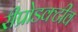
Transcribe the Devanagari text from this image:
रीप्रोडक्टीव